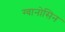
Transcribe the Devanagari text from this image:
ग्वानोसिन